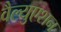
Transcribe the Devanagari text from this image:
वैल्युएशन